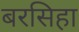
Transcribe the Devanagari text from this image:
बरसिहा